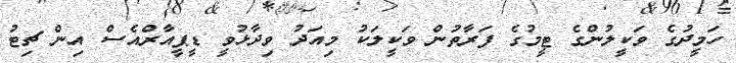
ހަމީދުގެ ވަކީލުންގެ ޓީމުގެ ފަރާތުން ވަކީލަކު މިއަދު ވިދާޅުވީ ޑީޕީއާރްއެސް އިން ޗިޓު